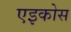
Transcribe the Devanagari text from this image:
एइकोस